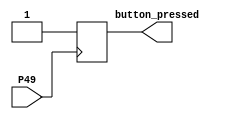
module push_button( input wire P49, output reg button_pressed);
  
  always @(posedge P49) begin
    button_pressed <=1'b1;
  end
endmodule